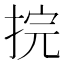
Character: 捖